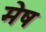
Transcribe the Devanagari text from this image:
मेेष